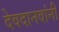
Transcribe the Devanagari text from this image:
देवदानवांनी